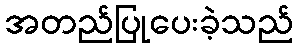
အတည်ပြုပေးခဲ့သည်